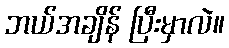
ဘယ်အချိန် ပြီးမှာလဲ။